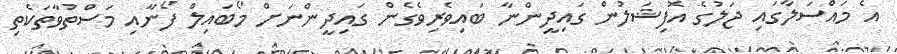
އެ މައްސަލާގައި ޖަލުގެ އޮފިޝަލުން ގައިދީންނާ ބައިވެރިވެގެން ގައިދީންނަށް މޯބައިލް ފޯނާއި މަސްތުވާތަކެތި